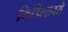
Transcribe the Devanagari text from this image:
मिडिल्सबरो